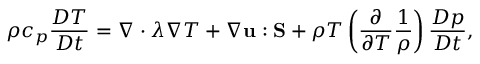
\rho { c _ { p } } \frac { { D T } } { { D t } } = \nabla \cdot \lambda \nabla T + \nabla { \bf { u } } : { \bf { S } } + \rho T \left( { \frac { \partial } { { \partial T } } \frac { 1 } { \rho } } \right) \frac { { D p } } { { D t } } ,